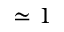
\simeq 1